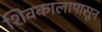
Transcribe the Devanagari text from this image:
शिवकालापासून